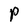
Character: P